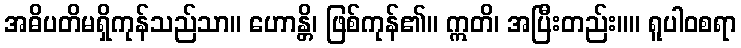
အဓိပတိမရှိကုန်သည်သာ။ ဟောန္တိ၊ ဖြစ်ကုန်၏။ ဣတိ၊ အပြီးတည်း။။ ရူပါဝစရာ